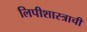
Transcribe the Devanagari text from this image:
लिपीशास्त्राची